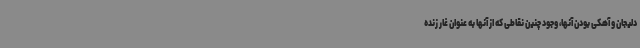
دلیجان و آهکی بودن آنها، وجود چنین نقاطی که از آنها به عنوان غار زنده